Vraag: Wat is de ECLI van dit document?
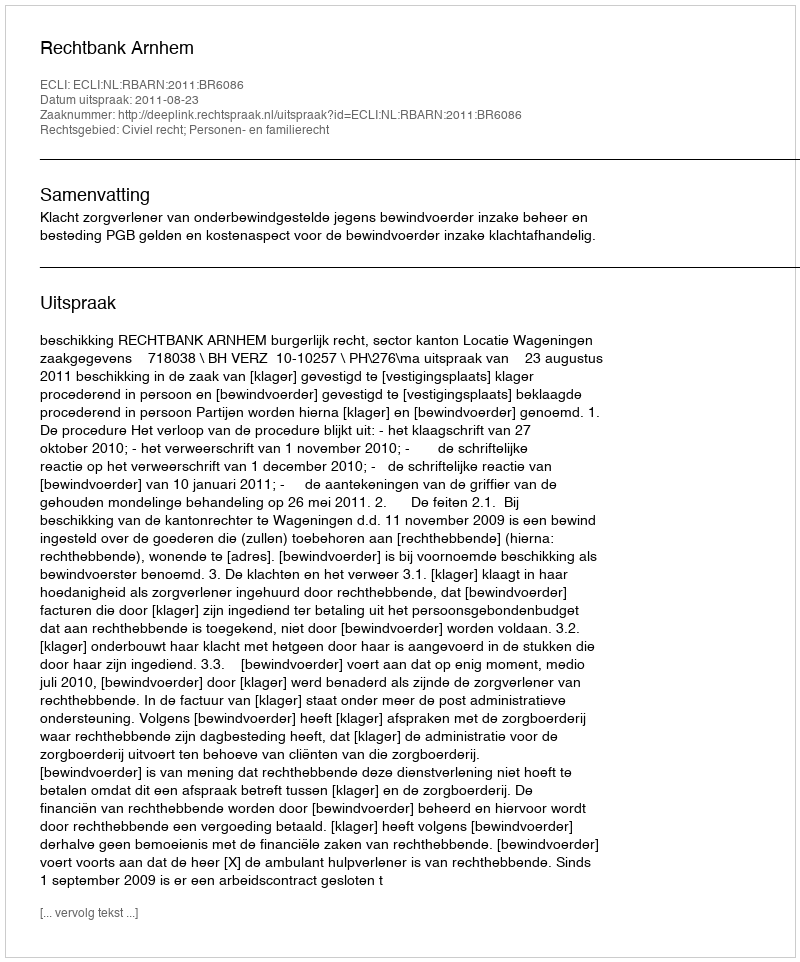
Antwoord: ECLI:NL:RBARN:2011:BR6086